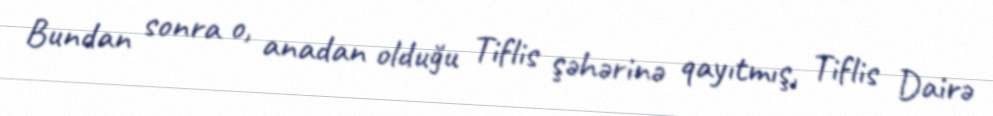
Bundan sonra o, anadan olduğu Tiflis şəhərinə qayıtmış, Tiflis Dairə